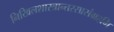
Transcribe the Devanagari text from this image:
निखिलशास्त्रान्तरसासंग्रहभि